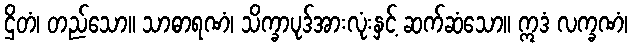
ဌိတံ၊ တည်သော။ သာဓာရဏံ၊ သိက္ခာပုဒ်အားလုံးနှင့် ဆက်ဆံသော။ ဣဒံ လက္ခဏံ၊